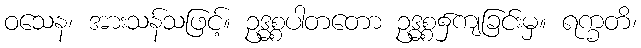
ဝသေန၊ အားသန်သဖြင့်။ ဥဒ္ဓစ္စပါတတော ဥဒ္ဓစ္စ၌ကျခြင်းမှ။ ရက္ခတိ၊